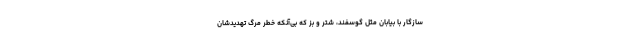
سازگار با بیابان مثل گوسفند، شتر و بز که بی‌آنکه خطر مرگ تهدیدشان